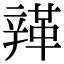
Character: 𨐥